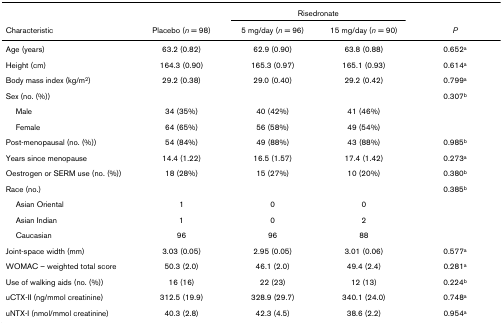
|  |  | <COLSPAN=2> Risedronate |  |
 | Characteristic | Placebo (n = 98) | 5 mg/day (n = 96) | 15 mg/day (n = 90) | P |
 | --- | --- | --- | --- | --- |
 | Age (years) | 63.2 (0.82) | 62.9 (0.90) | 63.8 (0.88) | 0.652a |
 | Height (cm) | 164.3 (0.90) | 165.3 (0.97) | 165.1 (0.93) | 0.614a |
 | Body mass index (kg/m2) | 29.2 (0.38) | 29.0 (0.40) | 29.2 (0.42) | 0.799a |
 | Sex (no. (%)) |  |  |  | 0.307b |
 | Male | 34 (35%) | 40 (42%) | 41 (46%) |  |
 | Female | 64 (65%) | 56 (58%) | 49 (54%) |  |
 | Post-menopausal (no. (%)) | 54 (84%) | 49 (88%) | 43 (88%) | 0.985b |
 | Years since menopause | 14.4 (1.22) | 16.5 (1.57) | 17.4 (1.42) | 0.273a |
 | Oestrogen or SERM use (no. (%)) | 18 (28%) | 15 (27%) | 10 (20%) | 0.380b |
 | Race (no.) |  |  |  | 0.385b |
 | Asian Oriental | 1 | 0 | 0 |  |
 | Asian Indian | 1 | 0 | 2 |  |
 | Caucasian | 96 | 96 | 88 |  |
 | Joint-space width (mm) | 3.03 (0.05) | 2.95 (0.05) | 3.01 (0.06) | 0.577a |
 | WOMAC – weighted total score | 50.3 (2.0) | 46.1 (2.0) | 49.4 (2.4) | 0.281a |
 | Use of walking aids (no. (%)) | 16 (16) | 22 (23) | 12 (13) | 0.224b |
 | uCTX-II (ng/mmol creatinine) | 312.5 (19.9) | 328.9 (29.7) | 340.1 (24.0) | 0.748a |
 | uNTX-I (nmol/mmol creatinine) | 40.3 (2.8) | 42.3 (4.5) | 38.6 (2.2) | 0.954a |